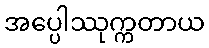
အပ္ပေါဿုက္ကတာယ